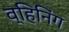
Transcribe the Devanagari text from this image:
व्हिनिंग